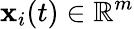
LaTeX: \mathbf{x}_{i}(t)\in\mathbb{R}^{m}